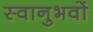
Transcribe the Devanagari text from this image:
स्वानुभवों